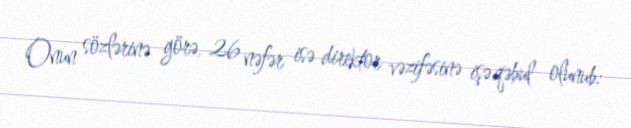
Onun sözlərinə görə, 26 nəfər isə direktor vəzifəsinə işə qəbul olunub: